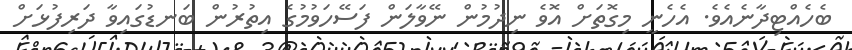
ބެހެއްޓިދާނެއެވެ. އެހެނީ މިގޮތަށް އޮވެ ނިދުމުން ނޭވާލަން ފަސޭހަވުމުގެ އިތުރުން ބަނޑުގައިވާ ދަރިފުޅަށް